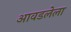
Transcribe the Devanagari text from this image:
आवडलेला